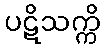
ပဋိသက္ကိ